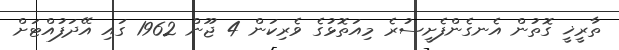
ތާރީޚީ ގޮތުން އެނގެންފެށީސުރެ މިއަތޮޅުގެ ވެރިކަން 4 ޖޫން 1962 ގައި އޭދަފުއްޓަށް